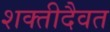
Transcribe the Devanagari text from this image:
शक्तीदैवत